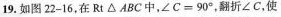
19.如图22-16，在Rt△ABC中，∠C=90°，翻折∠C，使